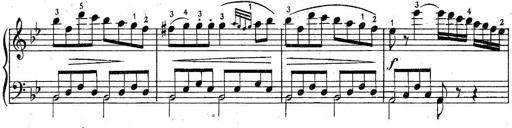
Title: 6 Easy Sonatinas
Composer: Carl Czerny